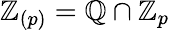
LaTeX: \mathbb{Z}_{(p)}=\mathbb{Q}\cap\mathbb{Z}_{p}